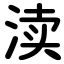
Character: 渎